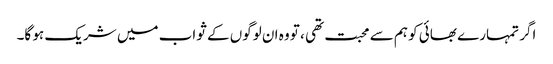
اگر تمہارے بھائی کو ہم سے محبت تھی ، تو وہ ان لوگوں کے ثواب میں شریک ہو گا۔